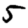
Digit: 5